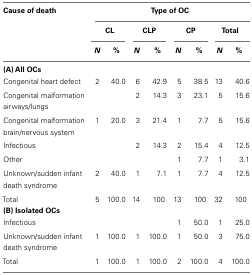
<table><thead><tr><td><b>Cause of death</b></td><td colspan="8"><b>Type of OC</b></td></tr><tr><td></td><td colspan="2"><b>CL</b></td><td colspan="2"><b>CLP</b></td><td colspan="2"><b>CP</b></td><td colspan="2"><b>Total</b></td></tr><tr><td></td><td><b><i>N</i></b></td><td><b>%</b></td><td><b><i>N</i></b></td><td><b>%</b></td><td><b><i>N</i></b></td><td><b>%</b></td><td><b><i>N</i></b></td><td><b>%</b></td></tr></thead><tbody><tr><td colspan="9"><b>(A) All OCs</b></td></tr><tr><td>Congenital heart defect</td><td>2</td><td>40.0</td><td>6</td><td>42.9</td><td>5</td><td>38.5</td><td>13</td><td>40.6</td></tr><tr><td>Congenital malformation airways/lungs</td><td></td><td></td><td>2</td><td>14.3</td><td>3</td><td>23.1</td><td>5</td><td>15.6</td></tr><tr><td>Congenital malformation brain/nervous system</td><td>1</td><td>20.0</td><td>3</td><td>21.4</td><td>1</td><td>7.7</td><td>5</td><td>15.6</td></tr><tr><td>Infectious</td><td></td><td></td><td>2</td><td>14.3</td><td>2</td><td>15.4</td><td>4</td><td>12.5</td></tr><tr><td>Other</td><td></td><td></td><td></td><td></td><td>1</td><td>7.7</td><td>1</td><td>3.1</td></tr><tr><td>Unknown/sudden infant death syndrome</td><td>2</td><td>40.0</td><td>1</td><td>7.1</td><td>1</td><td>7.7</td><td>4</td><td>12.5</td></tr><tr><td>Total</td><td>5</td><td>100.0</td><td>14</td><td>100</td><td>13</td><td>100</td><td>32</td><td>100</td></tr><tr><td colspan="8"><b>(B) Isolated OCs</b></td></tr><tr><td>Infectious</td><td></td><td></td><td></td><td></td><td>1</td><td>50.0</td><td>1</td><td>25.0</td></tr><tr><td>Unknown/sudden infant death syndrome</td><td>1</td><td>100.0</td><td>1</td><td>100.0</td><td>1</td><td>50.0</td><td>3</td><td>75.0</td></tr><tr><td>Total</td><td>1</td><td>100.0</td><td>1</td><td>100.0</td><td>2</td><td>100.0</td><td>4</td><td>100.0</td></tr></tbody></table>